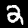
Digit: 2